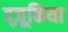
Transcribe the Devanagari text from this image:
द्ज़ूकिया